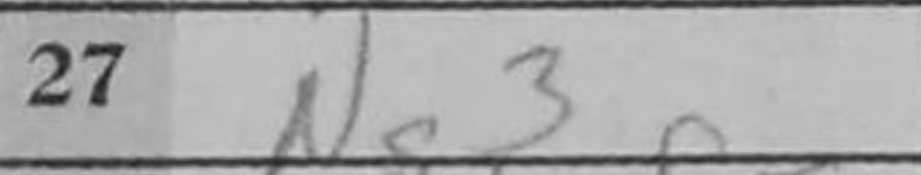
Transcription: Ng3